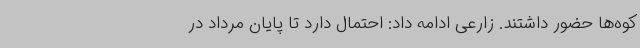
کوه‌ها حضور داشتند. زارعی ادامه داد: احتمال دارد تا پایان مرداد در